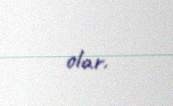
olar.